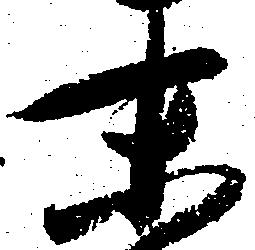
末